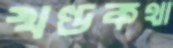
খণ্ডকথা